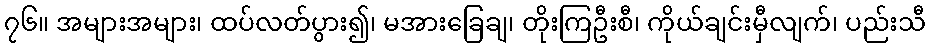
၇၆။ အများအများ၊ ထပ်လတ်ပွား၍၊ မအားခြေချ၊ တိုးကြဦးစီ၊ ကိုယ်ချင်းမှီလျက်၊ ပည်းသီ